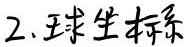
2. 球坐标系